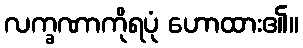
လက္ခဏာကိုရပုံ ဟောထား၏။